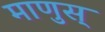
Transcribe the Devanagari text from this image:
माणुस्